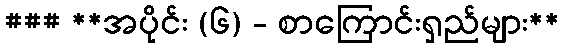
### **အပိုင်း (၆) - စာကြောင်းရှည်များ**